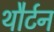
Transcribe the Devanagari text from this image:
थौर्टन